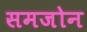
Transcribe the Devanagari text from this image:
समजोन